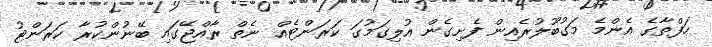
ހަފްތާގެ އެންމެ މަގުބޫލުރެއިން ފެށިގެން އުލިގަމުގަ ކަރަންޓެއް ނެތް ރާއްޖޭގައި ބޭނުންކުރާ ކަަރަންޓު